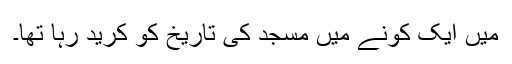
میں ایک کونے میں مسجد کی تاریخ کو کرید رہا تھا۔